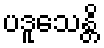
ပဒူသေန္တိ